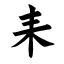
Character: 耒